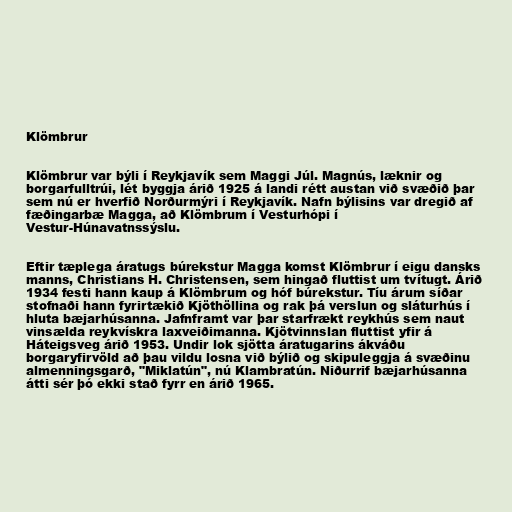
Klömbrur

Klömbrur var býli í Reykjavík sem Maggi Júl. Magnús, læknir og
borgarfulltrúi, lét byggja árið 1925 á landi rétt austan við svæðið þar
sem nú er hverfið Norðurmýri í Reykjavík. Nafn býlisins var dregið af
fæðingarbæ Magga, að Klömbrum í Vesturhópi í
Vestur-Húnavatnssýslu.

Eftir tæplega áratugs búrekstur Magga komst Klömbrur í eigu dansks
manns, Christians H. Christensen, sem hingað fluttist um tvítugt. Árið
1934 festi hann kaup á Klömbrum og hóf búrekstur. Tíu árum síðar
stofnaði hann fyrirtækið Kjöthöllina og rak þá verslun og sláturhús í
hluta bæjarhúsanna. Jafnframt var þar starfrækt reykhús sem naut
vinsælda reykvískra laxveiðimanna. Kjötvinnslan fluttist yfir á
Háteigsveg árið 1953. Undir lok sjötta áratugarins ákváðu
borgaryfirvöld að þau vildu losna við býlið og skipuleggja á svæðinu
almenningsgarð, "Miklatún", nú Klambratún. Niðurrif bæjarhúsanna
átti sér þó ekki stað fyrr en árið 1965.